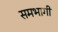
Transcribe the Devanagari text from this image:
समभागी